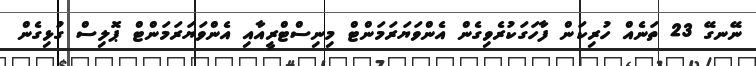
ނޭނގޭ 23 ތަނެއް ހުރިކަން ފާހަގަކުރެވިގެން އެންވަޔަރަމަންޓް މިނިސްޓްރީއާއި އެންވަޔަރަމަންޓް ޕޮލިސް ގުޅިގެން